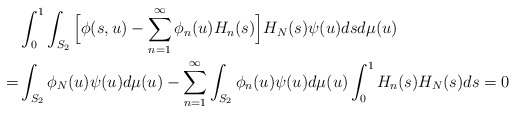
\begin{align*}&\int_0^1\int_{S_2}\Big[ \phi(s, u)-\sum_{n = 1}^{\infty}\phi_n(u)H_n(s)\Big]H_N(s)\psi(u)dsd\mu(u)\\=&\int_{S_2}\phi_N(u)\psi(u)d\mu(u)-\sum_{n = 1}^{\infty}\int_{S_2}\phi_n(u)\psi(u)d\mu(u)\int_0^1H_n(s)H_N(s)ds = 0\end{align*}